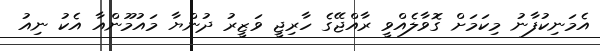
އެމަނިކުފާނު މިކަމަށް ގޮވާލެއްވީ ރާއްޖޭގެ ހާރިޖީ ވަޒީރު ދުންޔާ މައުމޫންއާ އެކު ނިއު